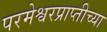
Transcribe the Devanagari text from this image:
परमेश्वरप्राप्तीच्या